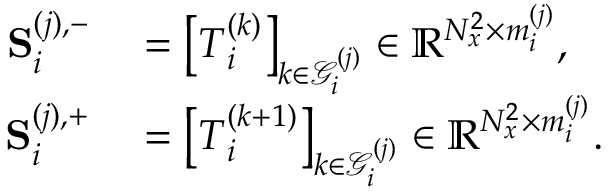
\begin{array} { r l } { \mathbf { S } _ { i } ^ { ( j ) , - } } & { { } = \left[ \boldsymbol { T } _ { i } ^ { ( k ) } \right] _ { k \in \mathcal { G } _ { i } ^ { ( j ) } } \in \mathbb { R } ^ { N _ { x } ^ { 2 } \times m _ { i } ^ { ( j ) } } , } \\ { \mathbf { S } _ { i } ^ { ( j ) , + } } & { { } = \left[ \boldsymbol { T } _ { i } ^ { ( k + 1 ) } \right] _ { k \in \mathcal { G } _ { i } ^ { ( j ) } } \in \mathbb { R } ^ { N _ { x } ^ { 2 } \times m _ { i } ^ { ( j ) } } . } \end{array}